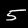
Label: 5